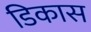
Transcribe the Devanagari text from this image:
डिकास